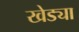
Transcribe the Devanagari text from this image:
खेड्या